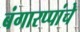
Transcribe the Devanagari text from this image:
बंगारप्पांचे